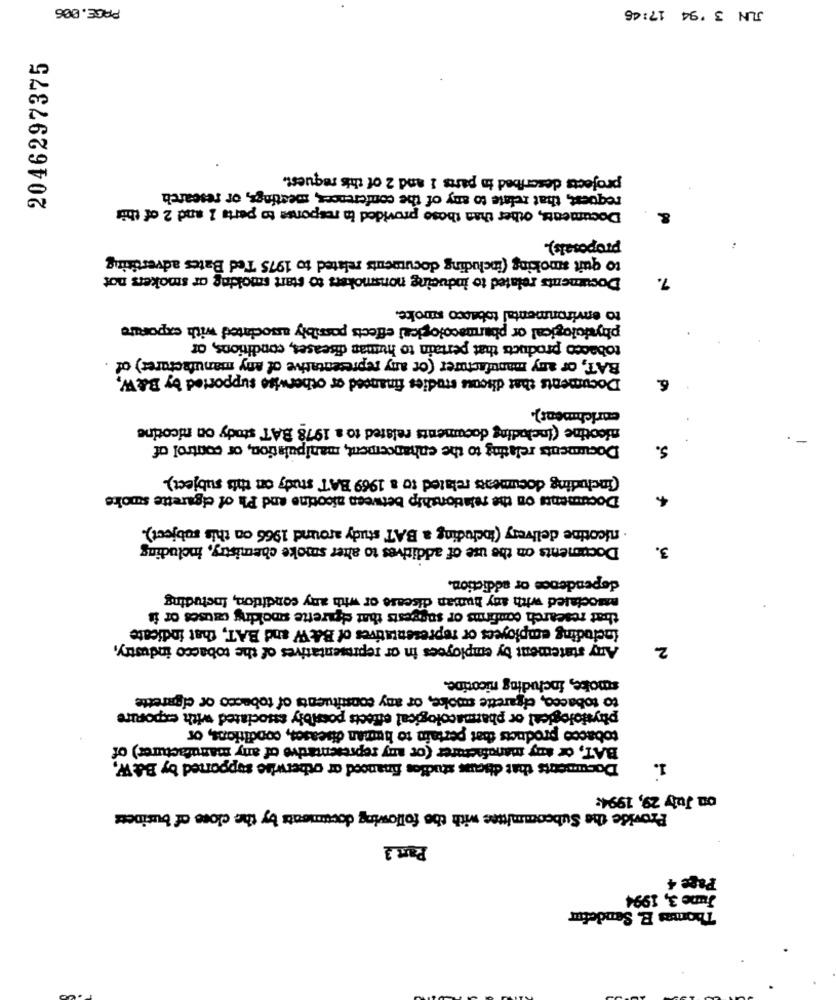
PAGE. 006
JUN 3 '94 17:46
2046297375
projects described in paris 1 and 2 of this request.
request, that relate to any of the conferences, meetings, or research
Documents, other than those provided in response to perts 1 and 2 of this
proposals).
to quit smoking (including documents related to 1975 Ted Bates advertising
Documents related to inducing nonsmokers to start smoking or smokers not
7.
to environmental tobacco smoke.
physiological or pharmacological effects possibly associated with exporute
tobacco products that pertain to human diseases, conditions, of
BAT, or any manufacturer (or any representative of any manufacturer) of
Documents that discuss studies financed or otherwise supported by B&W,
6.
enrichment).
nicotine (Including documents related to a 1978 BAT study on nicotine
-
Documents relating to the enhancement, manipulation, or control of
5.
(including documents related to a 1969 BAT study on this subject).
Documents on the relationship between nicotine and Ph of cigarette smoke
· nicotine delivery (including a BAT study around 1966 on this subject).
Documents on the use of additives to alter smoke chemistry, including
3.
dependence or addiction.
associated with any human disease or with any condition, Including
that research confirms or suggests that cigarette smoking causes or is
fociuding employees or representatives of B& W and BAT, that indicate
Any statement by employees in or representatives of the tobacco industry,
2
smoke, including nicotine.
to tobacco, cigarette smoke, or any constituents of tobacco or cigarette
physiological or pharmacological effects possibly associated with exporure
tobacco products that pertain to human diseases, conditions, or
BAT, or any manufacturer (or any representative of any manufacturer) of
Documents that discuss studies financed or otherwise supported by Ba W,
1.
on July 29, 1994:
Provide the Subcommittee with the following documents by the close of business
Part 3
Page 4
June 3, 1994
Thomas E. Sendefur